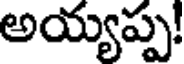
అయ్యప్ప!